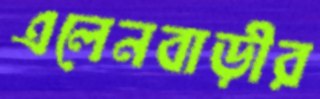
এলেনবাড়ীর